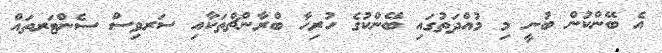
އެ ބޭންކުން ބުނީ މި މުއްދަތުގައި ބޭންކުގެ ހުރިހާ ބްރާންޗްތަކާއި ސަރވިސް ސެންޓަރތައް